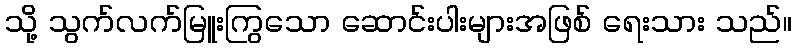
သို့ သွက်လက်မြူးကြွသော ဆောင်းပါးများအဖြစ် ရေးသား သည်။